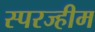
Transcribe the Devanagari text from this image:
स्परज्हीम